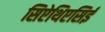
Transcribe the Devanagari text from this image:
सिऐथिएसिई